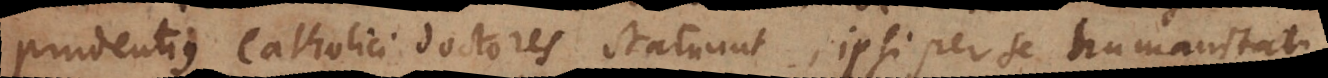
prudentius catholici doctores statuunt, ipsi per se humanitati